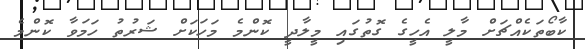
ކާބޯތަކެއްޗަށް މާލީ އެހީގެ ގޮތުގައި މީލާދީ ކޮންމެ މަހަކަށް ޝަރުތު ހަމަވާ ކޮންމެ